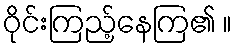
ဝိုင်းကြည့်နေကြ၏ ။